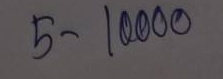
5 - 10000